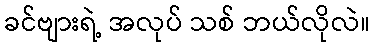
ခင်ဗျားရဲ့ အလုပ် သစ် ဘယ်လိုလဲ။